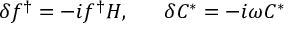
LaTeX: \delta f ^ { \dag } = - i f ^ { \dag } H , ~ ~ ~ ~ ~ \delta C ^ { * } = - i \omega C ^ { * }